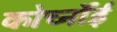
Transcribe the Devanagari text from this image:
कोर्च्नोई